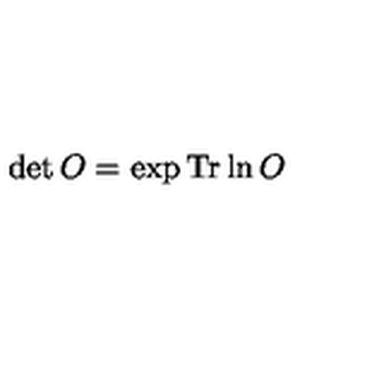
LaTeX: \det O = \exp \mathrm { T r } \ln O